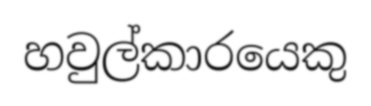
හවුල්කාරයෙකු